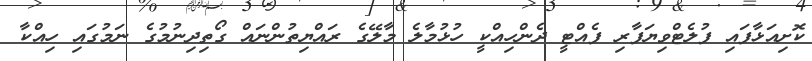
ކޮށިއަޅާފައި ފުލެޓްވިޔަފާރި ފެއްޓީ ދެންހިއްކީ ހުޅުމާލެ މާލޭގެ ރައްޔިތުންނައް ގޯތިދިނުމުގެ ނަމުގައި ހިއްކާ